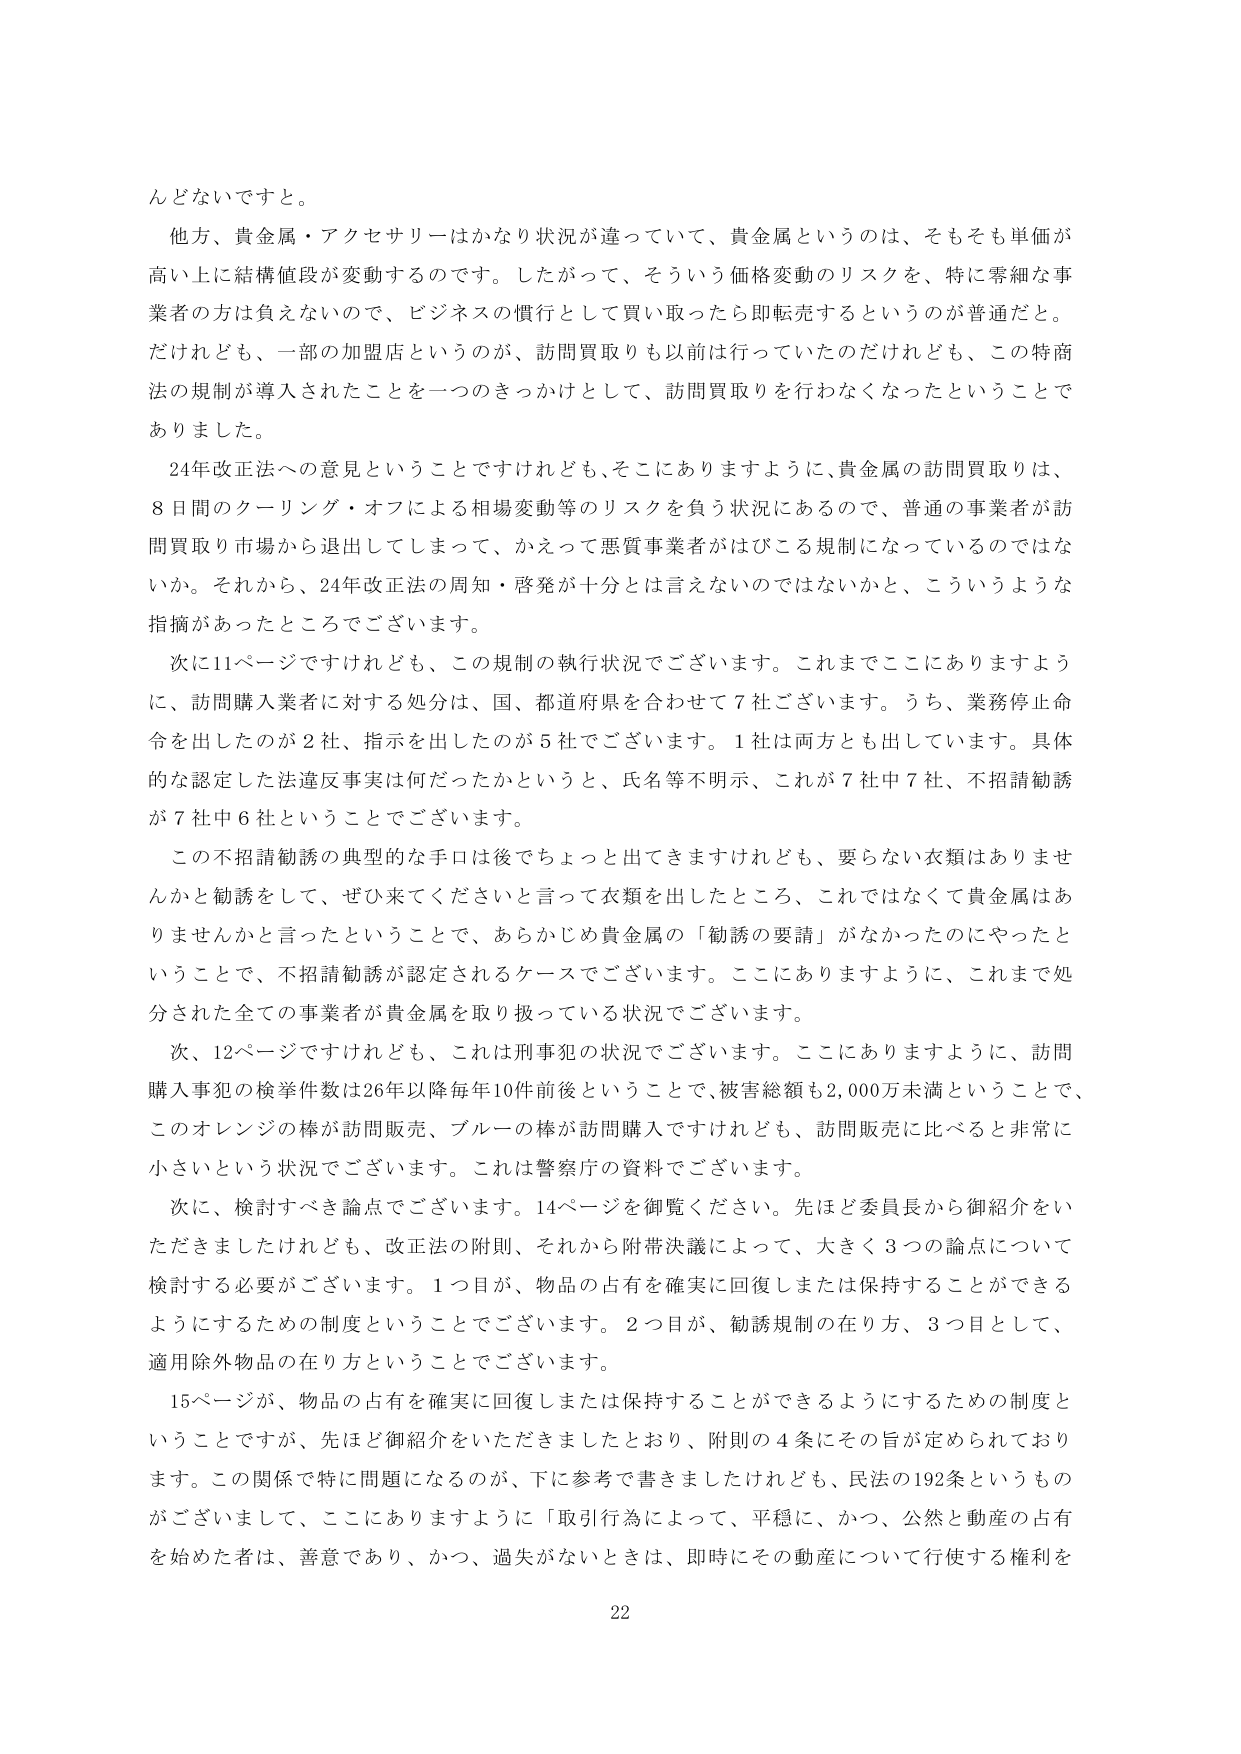
んどないですよ。

他方、貴金属・アクセサリーはかなり状況が違っていて、貴金属というのは、そもそも単価が高い上に結構値段が変動するのです。したがって、そういう価格変動のリスクを、特に零細な事業者の方は負えないので、ビジネスの慣行として買い取ったら即転売するというのが普通だと。だけれども、一部の加盟店というのが、訪問買取りも以前は行っていたのだけれども、この特商法の規制が導入されたことを一つのきっかけとして、訪問買取りを行わなくなったということであります。

24年改正法への意見ということですけれども、そこにありますように、貴金属の訪問買取りは、8日間のクーリング・オフによる相場変動等のリスクを負う状況にあるので、普通の事業者が訪問買取り市場から退出してしまって、かえって悪質事業者がほこる規制になっているのではないか。それから、24年改正法の周知・啓発が十分とは言えないのではないかと、こういうような指摘があったところでございます。

次に11ページですけれども、この規制の執行状況でございます。これまでここにありますように、訪問購入業者に対する処分は、国、都道府県を合わせて7社ございます。うち、業務停止命令を出したのが2社、指示を出したのが5社でございます。1社は両方とも出しています。具体的な認定した法違反事実は何だったかというと、氏名等不明示、これが7社中7社、不招請勧誘が7社中6社ということでございます。

この不招請勧誘の典型的な手口は後でちょっと出てきますけれども、要らない衣類はありますかとか勧誘をして、ぜひ来てくださいと言って衣類を出したところ、これではなくて貴金属はありませんかと言ったということで、あらかじめ貴金属の「勧誘の要請」がなかったのにやったということで、不招請勧誘が認定されるケースでございます。ここにありますように、これまで処分された全ての事業者が貴金属を取り扱っている状況でございます。

次、12ページですけれども、これは刑事犯の状況でございます。ここにありますように、訪問購入事犯の検挙件数は26年以降毎年10件前後ということで、被害総額も2,000万未満ということで、このオレンジの棒が訪問販売、ブルーの棒が訪問購入ですけれども、訪問販売に比べると非常に小さいという状況でございます。これは警察庁の資料でございます。

次に、検討すべき論点でございます。14ページを御覧ください。先ほど委員長から御紹介をいただきましたけれども、改正法の附則、それから附帯決議によって、大きく3つの論点について検討する必要がございます。1つ目が、物品の占有を確実に回復しまたは保持することができるようにするための制度ということでございます。2つ目が、勧誘規制の在り方、3つ目として、適用除外物品の在り方ということでございます。

15ページが、物品の占有を確実に回復しまたは保持することができるようにするための制度ということですが、先ほど御紹介をいただきましたとおり、附則の4条にその旨が定められております。この関係で特に問題になるのが、下に参考で書きましたけれども、民法の192条というものがございまして、ここにありますように「取引行為によって、平穏に、かつ、公然と動産の占有を始めた者は、善意であり、かつ、過失がないときは、即時にその動産について行使する権利を

22